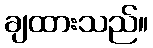
ချထားသည်။